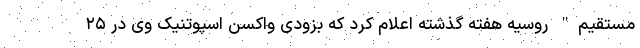
مستقیم" روسیه هفته گذشته اعلام کرد که بزودی واکسن اسپوتنیک وی در ۲۵